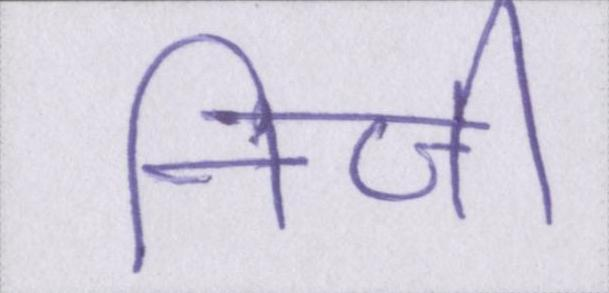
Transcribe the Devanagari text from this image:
निजी